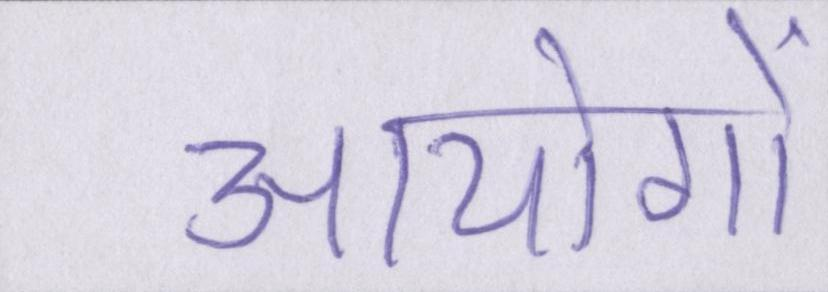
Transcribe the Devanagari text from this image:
आयोगों